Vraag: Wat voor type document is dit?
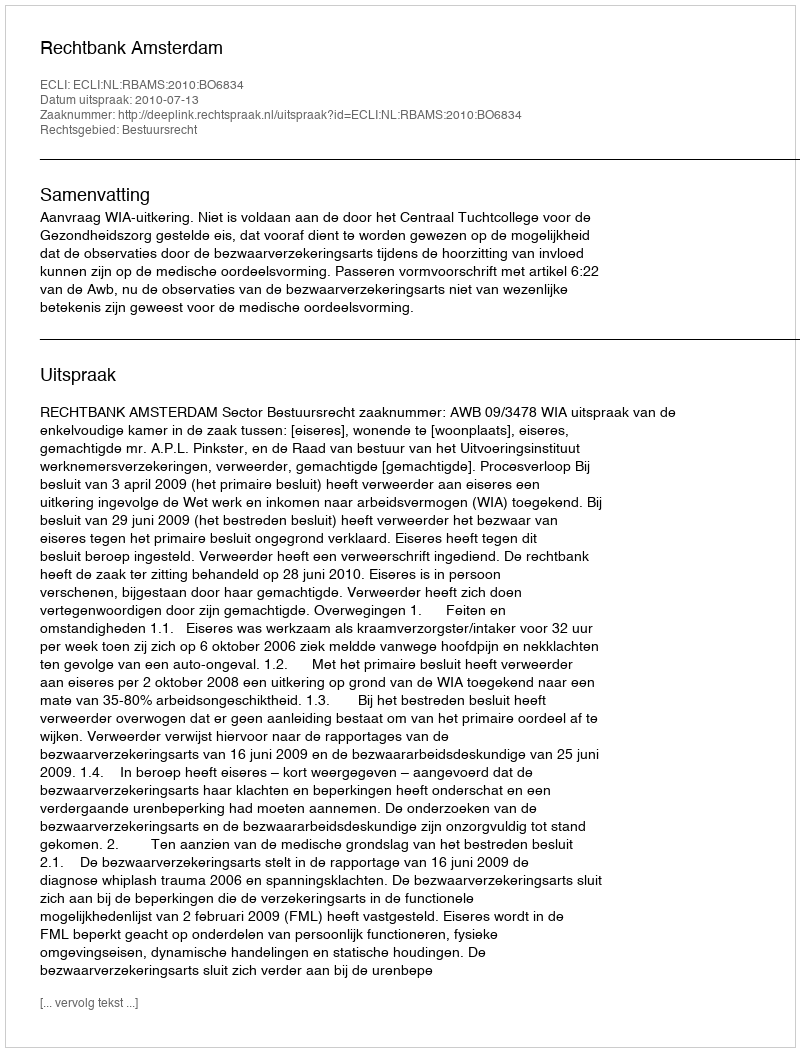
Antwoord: Uitspraak